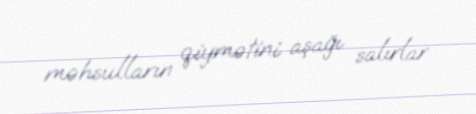
məhsulların qiymətini aşağı salırlar.